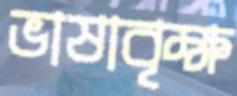
ভাষাবৃক্ষ